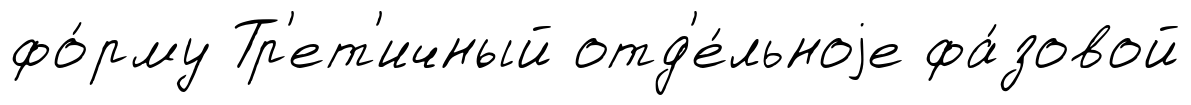
фо́рму Тр'ет'ичный отд'е́льноjе фа́зовой